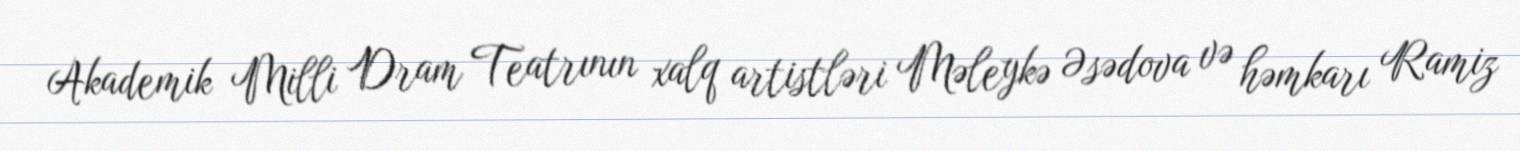
Akademik Milli Dram Teatrının xalq artistləri Məleykə Əsədova və həmkarı Ramiz